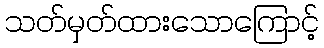
သတ်မှတ်ထားသောကြောင့်